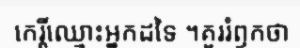
កេរ្តិ៍ឈ្មោះអ្នកដទៃ ។គួររំឭកថា